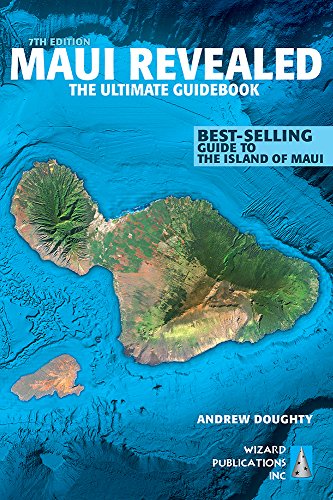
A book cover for Maui Revealed: The Ultimate Guidebook; Andrew Doughty; Travel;